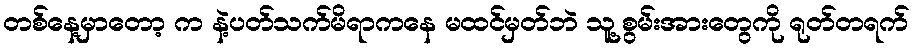
တစ်နေ့မှာတော့ က နဲ့ပတ်သက်မိရာကနေ မထင်မှတ်ဘဲ သူ့စွမ်းအားတွေကို ရုတ်တရက်